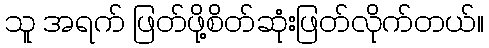
သူ အရက် ဖြတ်ဖို့စိတ်ဆုံးဖြတ်လိုက်တယ်။